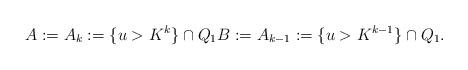
LaTeX: \begin{align*}A:=A_{k}:=\{u> K^k\}\cap Q_1 B:=A_{k-1}:=\{u> K^{k-1}\}\cap Q_1.\end{align*}